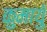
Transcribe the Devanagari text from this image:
कुमायुँ